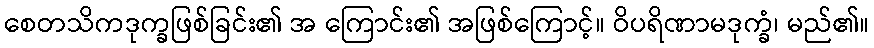
စေတသိကဒုက္ခဖြစ်ခြင်း၏ အ ကြောင်း၏ အဖြစ်ကြောင့်။ ဝိပရိဏာမဒုက္ခံ၊ မည်၏။